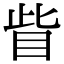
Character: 眥